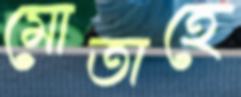
মোতাহে